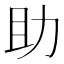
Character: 助